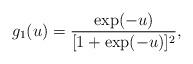
LaTeX: \begin{align*}g_{1}(u)=\frac{\exp(-u)}{[1+\exp(-u)]^{2}},\end{align*}